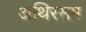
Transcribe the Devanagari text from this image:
अथिरसम